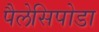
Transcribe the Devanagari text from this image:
पैलेसिपोडा